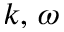
k , \, \omega